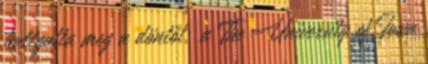
hallgatta meg a döntőt; a The University of Iowa